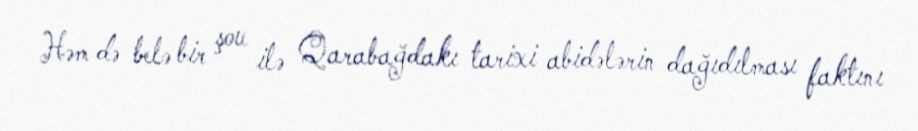
Həm də belə bir şou ilə Qarabağdakı tarixi abidələrin dağıdılması faktını